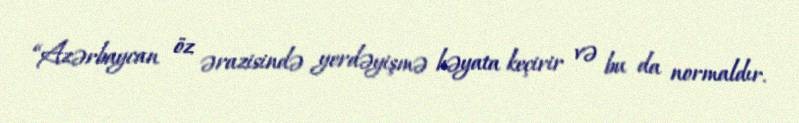
“Azərbaycan öz ərazisində yerdəyişmə həyata keçirir və bu da normaldır.